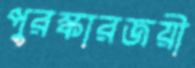
পুরস্কারজয়ী